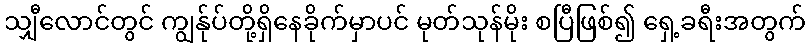
သျှီလောင်တွင် ကျွန်ုပ်တို့ရှိနေခိုက်မှာပင် မုတ်သုန်မိုး စပြီဖြစ်၍ ရှေ့ခရီးအတွက်